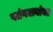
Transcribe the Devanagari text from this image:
पतंगरावांचा